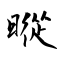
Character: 暰